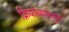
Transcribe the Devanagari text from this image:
क्रियांच्यामधून